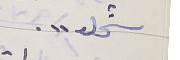
شحلو ".